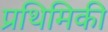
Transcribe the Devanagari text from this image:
प्रथिमिकी